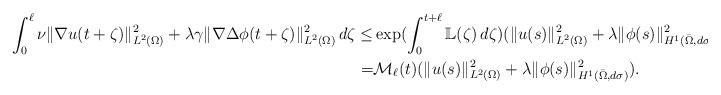
LaTeX: \begin{align*}\int_0^\ell\nu\|\nabla u(t+\zeta)\|_{L^2(\Omega)}^2+\lambda\gamma\|\nabla\Delta\phi(t+\zeta)\|_{L^2(\Omega)}^2\,d\zeta\leq&\exp(\int_0^{t+\ell}\mathbb{L}(\zeta)\,d\zeta)(\|u(s)\|_{L^2(\Omega)}^2+\lambda\|\phi(s)\|_{H^1(\bar{\Omega},d\sigma)}^2)\\=&\mathcal{M}_\ell(t)(\|u(s)\|_{L^2(\Omega)}^2+\lambda\|\phi(s)\|_{H^1(\bar{\Omega},d\sigma)}^2).\end{align*}